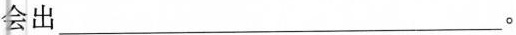
会出_________。